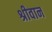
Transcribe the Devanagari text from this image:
श्रीवान